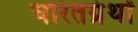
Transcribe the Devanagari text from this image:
चरितग्रंथों